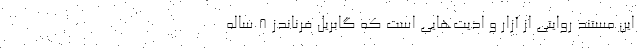
این مستند روایتی از آزار و اذیت‌هایی است که گابریل فرناندز ۸ ساله